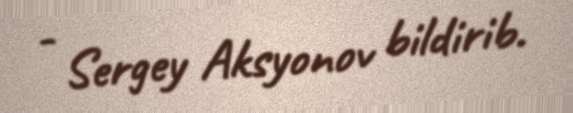
- Sergey Aksyonov bildirib.